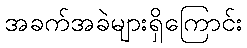
အခက်အခဲများရှိကြောင်း